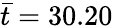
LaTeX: \bar{t}=30.20